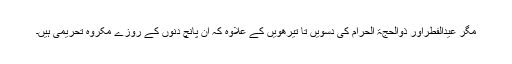
مگر عیدُالْفِطْراور ذُوالحجَّۃِ الْحَرام کی دسویں تا تیرھویں کے علاوہ کہ ان پانچ دنوں کے روزے مکروہِ تحریمی ہیں۔